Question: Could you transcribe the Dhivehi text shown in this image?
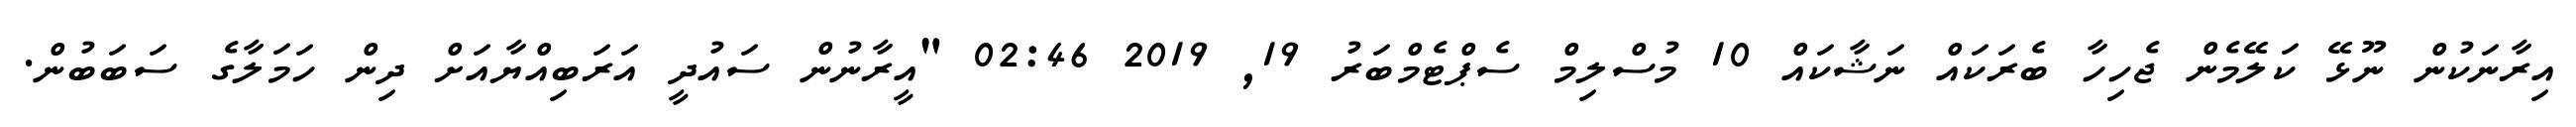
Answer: އިރާނަކުން ނޫޅޭ ކަލޭމެން ޖެހިހާ ބެރަކައް ނަޝާކައް 10 މުސްލިމް ސެޕްޓެމްބަރު 19, 2019 02:46 "އީރާނުން ސައުދީ އަރަބިއްޔާއަށް ދިން ހަމަލާގެ ސަބަބުން.